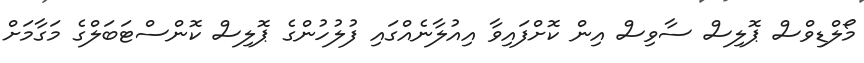
މޯލްޑިވްސް ޕޮލިސް ސާވިސް އިން ކޮށްފައިވާ އިއުލާނެއްގައި ފުލުހުންގެ ޕޮލިސް ކޮންސްޓަބަލްގެ މަގާމަށް